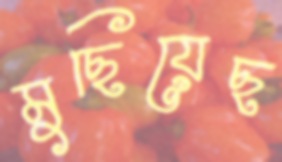
মুছিয়েছ